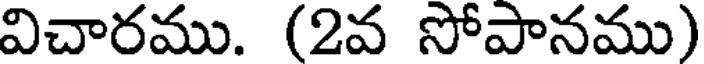
విచారము. (2వ సోపానము)